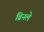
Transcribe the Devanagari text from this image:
ब्रिनले